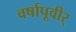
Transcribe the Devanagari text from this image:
वर्षापूवीर्